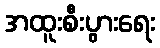
အထူးစီးပွားရေး